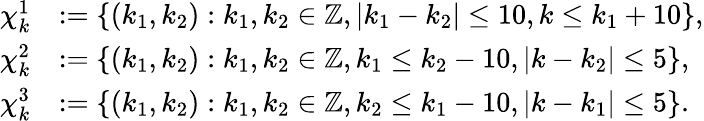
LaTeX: \begin{array}{rl}{\chi_{k}^{1}}&{:=\{ (k_{1},k_{2}):k_{1},k_{2}\in\mathbb{Z},|k_{1}-k_{2}|\leq 10,k\leq k_{1}+10\} ,}\\ {\chi_{k}^{2}}&{:=\{ (k_{1},k_{2}):k_{1},k_{2}\in\mathbb{Z},k_{1}\leq k_{2}-10,|k-k_{2}|\leq 5\} ,}\\ {\chi_{k}^{3}}&{:=\{ (k_{1},k_{2}):k_{1},k_{2}\in\mathbb{Z},k_{2}\leq k_{1}-10,|k-k_{1}|\leq 5\} .}\end{array}